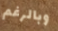
وبالرغم